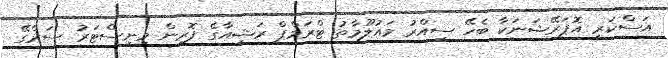
އަސްކަރީ އޮޕަރޭޝަނަކާ ބެހޭ ސިއްރު މައުލޫމާތު ޓްރަމްޕް ރަޝިއާގެ ފޮރިން މިނިސްޓަރު ސަރްގޭ